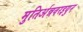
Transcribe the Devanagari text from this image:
मुतिर्अन्नवरइयुन